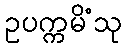
ဥပက္ကမိံသု